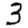
Digit: 3